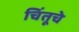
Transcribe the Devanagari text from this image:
चिंतूचे